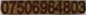
07506964803